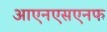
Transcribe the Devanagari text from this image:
आएनएसएनफ